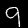
Digit: 9